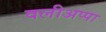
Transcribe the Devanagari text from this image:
वलीअप्पा